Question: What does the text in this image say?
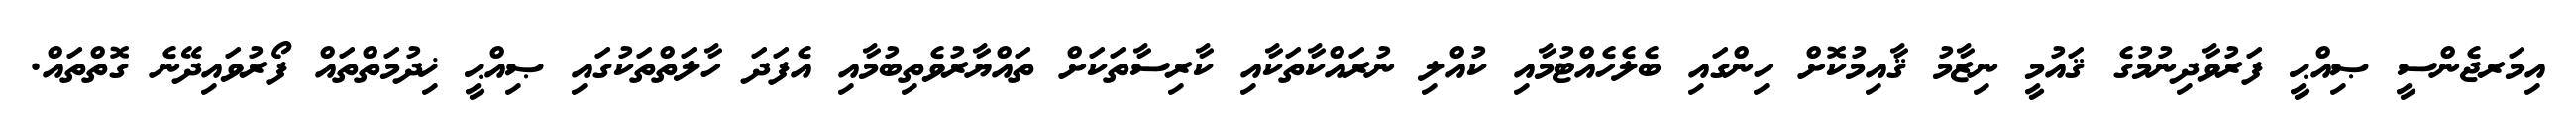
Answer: އިމަރޖެންސީ ޞިއްޙީ ފަރުވާދިނުމުގެ ޤައުމީ ނިޒާމު ޤާއިމުކޮށް ހިންގައި ބެލެހެއްޓުމާއި ކުއްލި ނުރައްކާތަކާއި ކާރިސާތަކަށް ތައްޔާރުވެތިބުމާއި އެފަދަ ހާލަތްތަކުގައި ޞިއްޙީ ޚިދުމަތްތައް ފޯރުވައިދޭނެ ގޮތްތައް.